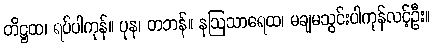
တိဋ္ဌထ၊ ရပ်ပါကုန်။ ပုန၊ တဘန်။ နဩသာရေထ၊ မချမသွင်းပါကုန်လင့်ဦး။